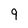
Character: 9